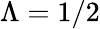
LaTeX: \Lambda=1/2